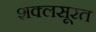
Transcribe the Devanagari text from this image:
शक्लसूरत